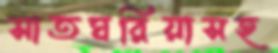
সাতঘরিয়াসহ